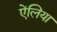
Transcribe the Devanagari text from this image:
ऐंलिया